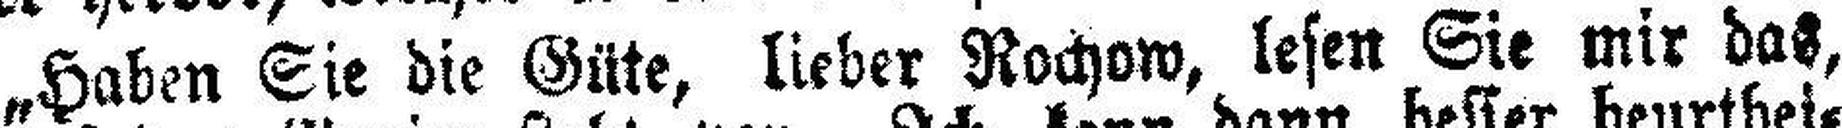
„Haben Sie die Güte, lieber Rochow, lesen Sie mir das,